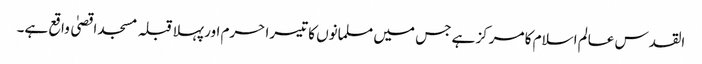
القدس عالم اسلام کا مرکز ہے جس میں مسلمانوں کا تیسرا حرم اور پہلا قبلہ مسجد اقصیٰ واقع ہے۔